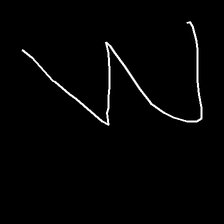
Glyph: crush